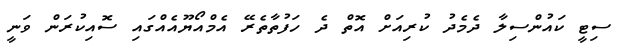
ސިޓީ ކައުންސިލާ ދެމެދު ކުރިއަށް އޮތް ދެ ހަފުތާތެރޭ އެމްއޯޔޫއެއްގައި ސޮއިކުރަން ވަނީ